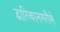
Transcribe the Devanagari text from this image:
द्वारिकानगरीमें